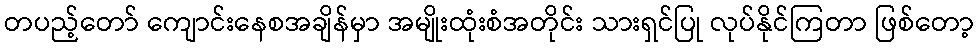
တပည့်တော် ကျောင်းနေစအချိန်မှာ အမျိုးထုံးစံအတိုင်း သားရှင်ပြု လုပ်နိုင်ကြတာ ဖြစ်တော့